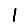
Digit: 1